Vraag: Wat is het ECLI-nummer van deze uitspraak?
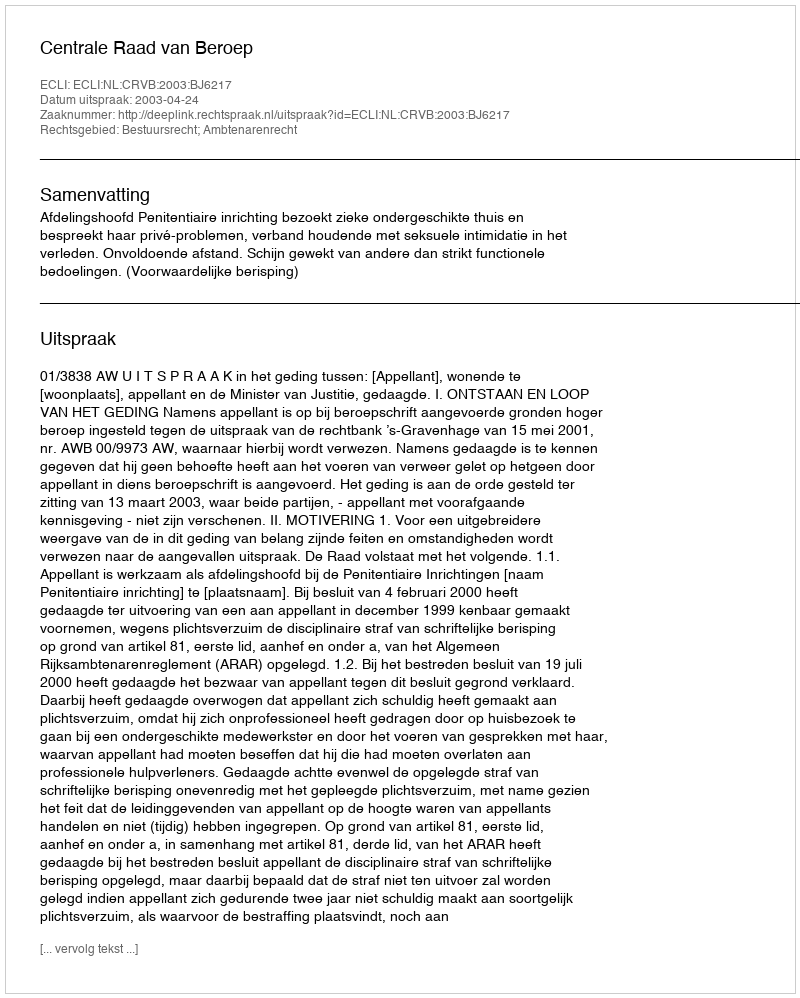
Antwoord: ECLI:NL:CRVB:2003:BJ6217